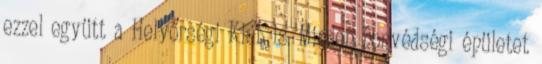
ezzel együtt a Helyőrségi Klub is. Minden honvédségi épületet